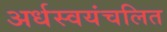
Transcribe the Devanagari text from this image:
अर्धस्वयंचलित